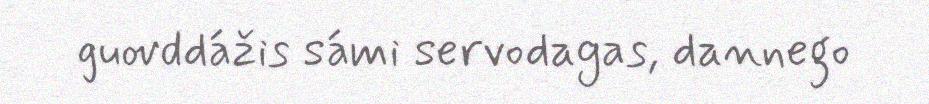
guovddážis sámi servodagas, dannego